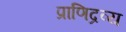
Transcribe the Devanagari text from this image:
प्राणिद्रव्य